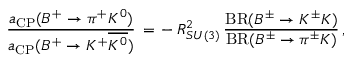
\frac { a _ { \mathrm { C P } } ( B ^ { + } \to \pi ^ { + } K ^ { 0 } ) } { a _ { \mathrm { C P } } ( B ^ { + } \to K ^ { + } \overline { { { K ^ { 0 } } } } ) } \, = \, - \, R _ { S U ( 3 ) } ^ { 2 } \, \frac { \mathrm { B R } ( B ^ { \pm } \to K ^ { \pm } K ) } { \mathrm { B R } ( B ^ { \pm } \to \pi ^ { \pm } K ) } \, ,